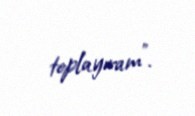
toplayıram”.